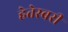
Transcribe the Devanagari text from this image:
हेतेस्बरी